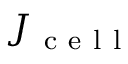
J _ { \mathrm { ~ c ~ e ~ l ~ l ~ } }